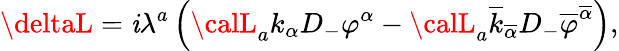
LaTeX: \deltaL=\mathit{i}\lambda^{a}\left({\calL}_{a}k_{\alpha}D_{-}\varphi^{\alpha}-{\calL}_{a}\overline{{{{k}}}}_{\overline{{{{\alpha}}}}}D_{-}\overline{{{{\varphi}}}}^{\overline{{{{\alpha}}}}}\right),